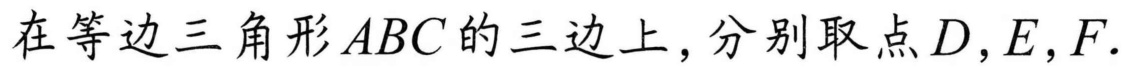
在等边三角形\(ABC\)的三边上，分别取点\(D,E,F\).